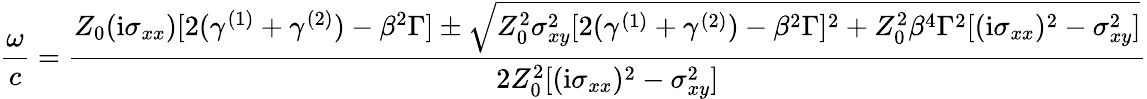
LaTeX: \frac{\omega}{c}=\frac{Z_{0}(\mathrm{i}\sigma_{xx})[2(\gamma^{(1)}+\gamma^{(2)})-\beta^{2}\Gamma]\pm\sqrt{Z_{0}^{2}\sigma_{xy}^{2}[2(\gamma^{(1)}+\gamma^{(2)})-\beta^{2}\Gamma]^{2}+Z_{0}^{2}\beta^{4}\Gamma^{2}[(\mathrm{i}\sigma_{xx})^{2}-\sigma_{xy}^{2}]}}{2Z_{0}^{2}[(\mathrm{i}\sigma_{xx})^{2}-\sigma_{xy}^{2}]}